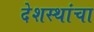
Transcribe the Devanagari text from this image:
देशस्थांचा